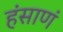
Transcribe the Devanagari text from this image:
हंसाणं